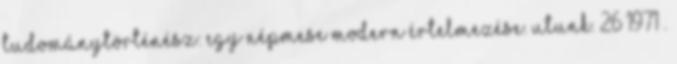
tudománytörténész: egy népmese modern értelmezése. Utunk. 26 1971 .